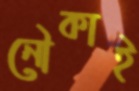
নৌকাই